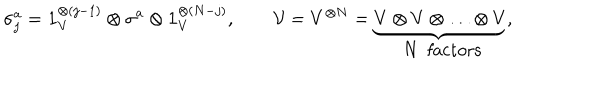
LaTeX: \sigma _ { j } ^ { a } = \mathbf { 1 } _ { V } ^ { \otimes ( j - 1 ) } \otimes \sigma _ { } ^ { a } \otimes \mathbf { 1 } _ { V } ^ { \otimes ( N - j ) } , \qquad { \cal V } = V ^ { \otimes N } = \underbrace { V \otimes V \otimes \ldots \otimes V } _ { \mathrm { ~ N ~ f a c t o r s } } ,